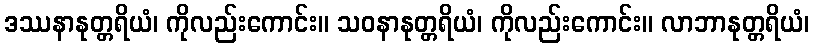
ဒဿနာနုတ္တရိယံ၊ ကိုလည်းကောင်း။ သဝနာနုတ္တရိယံ၊ ကိုလည်းကောင်း။ လာဘာနုတ္တရိယံ၊